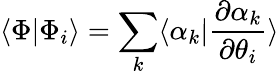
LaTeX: \langle\Phi|\Phi_{i}\rangle=\sum_{k}\langle\alpha_{k}|\frac{\partial\alpha_{k}}{\partial\theta_{i}}\rangle